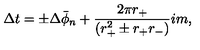
\Delta t = \pm \Delta \bar { \phi } _ { n } + { \frac { 2 \pi r _ { + } } { ( r _ { + } ^ { 2 } \pm r _ { + } r _ { - } ) } } i m ,